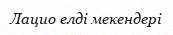
Лацио елді мекендері